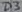
Text: D3